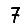
Digit: 7